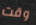
وقت